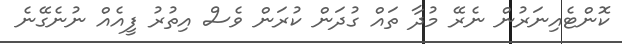
ކޮންޓެއިނަރުން ނެރޭ މުދާ ތައް ގުދަން ކުރަން ވެސް އިތުރު ފީއެއް ނުނެގޭނެ